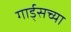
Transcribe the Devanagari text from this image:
गार्ड्‌सच्या